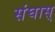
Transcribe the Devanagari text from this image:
संघास्